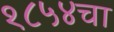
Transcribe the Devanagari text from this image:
१८५४चा